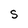
Character: S